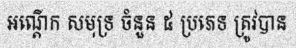
អណ្តើក សមុទ្រ ចំនួន ៥ ប្រភេទ ត្រូវបាន